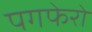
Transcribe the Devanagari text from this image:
पगफेरो